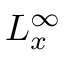
L _ { x } ^ { \infty }